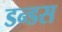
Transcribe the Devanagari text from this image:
डन्डस